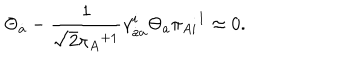
LaTeX: \Theta _ { \dot { a } } - \frac 1 { \sqrt { 2 } { \pi _ { A } } ^ { + 1 } } \gamma _ { \dot { a } a } ^ { i } \Theta _ { a } \pi _ { A i } { } ^ { 1 } \approx 0 .